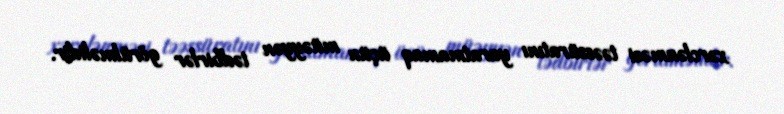
xərclənməsi təəssüratını yaratmamaq üçün müəyyən tədbirlər görülməlidir.